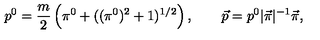
p ^ { 0 } = \frac m 2 \left( \pi ^ { 0 } + ( ( \pi ^ { 0 } ) ^ { 2 } + 1 ) ^ { 1 / 2 } \right) , \qquad \vec { p } = p ^ { 0 } | \vec { \pi } | ^ { - 1 } \vec { \pi } ,